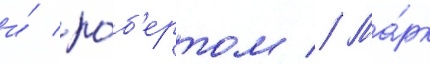
и́ ро́б'ертом // Ма́рк